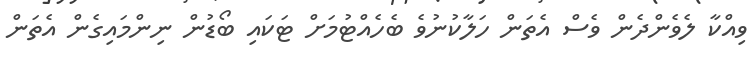
ވިއްކާ ލެވެންދެން ވެސް އެތަން ހަލާކުނުވެ ބެހެއްޓުމަށް ޓަކައި ބޯޑުން ނިންމައިގެން އެތަން